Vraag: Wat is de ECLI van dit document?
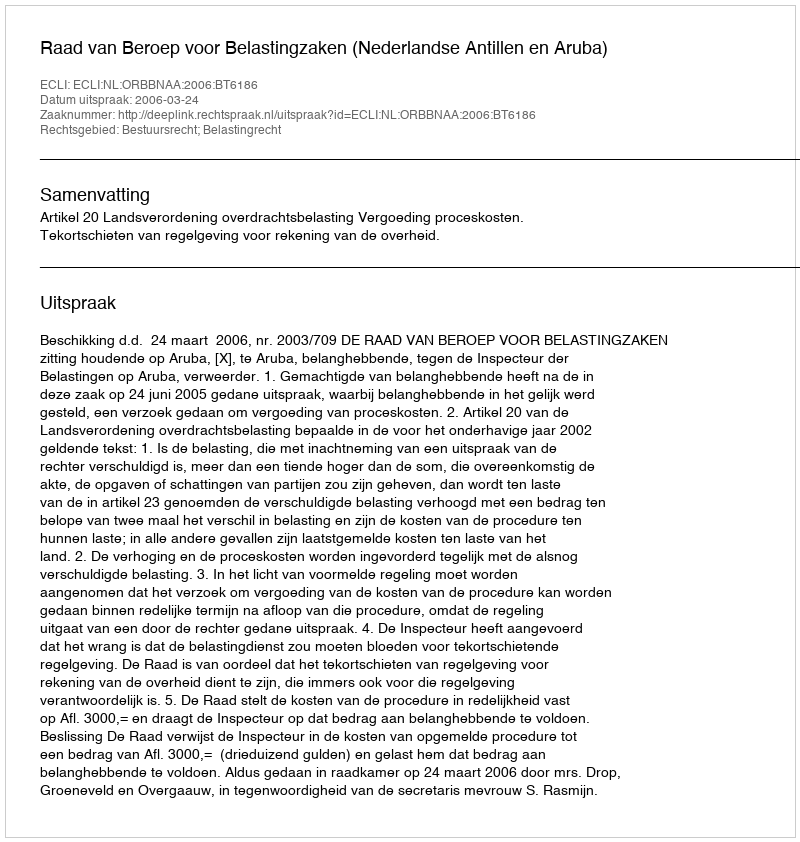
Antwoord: ECLI:NL:ORBBNAA:2006:BT6186